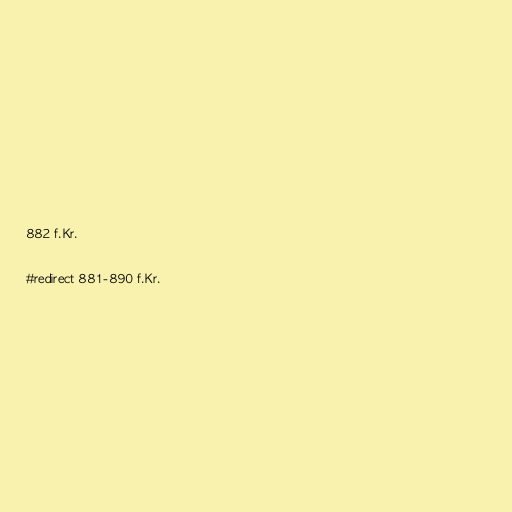
882 f.Kr.

#redirect 881-890 f.Kr.